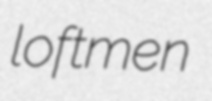
loftmen